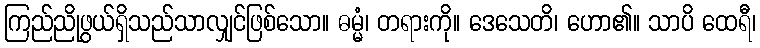
ကြည်ညိုဖွယ်ရှိသည်သာလျှင်ဖြစ်သော။ ဓမ္မံ၊ တရားကို။ ဒေသေတိ၊ ဟော၏။ သာပိ ထေရီ၊